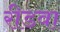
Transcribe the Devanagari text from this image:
रीडवा